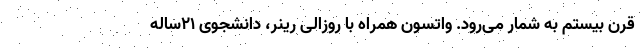
قرن بیستم به شمار می‌رود. واتسون همراه با روزالی رینر، دانشجوی ۲۱ساله